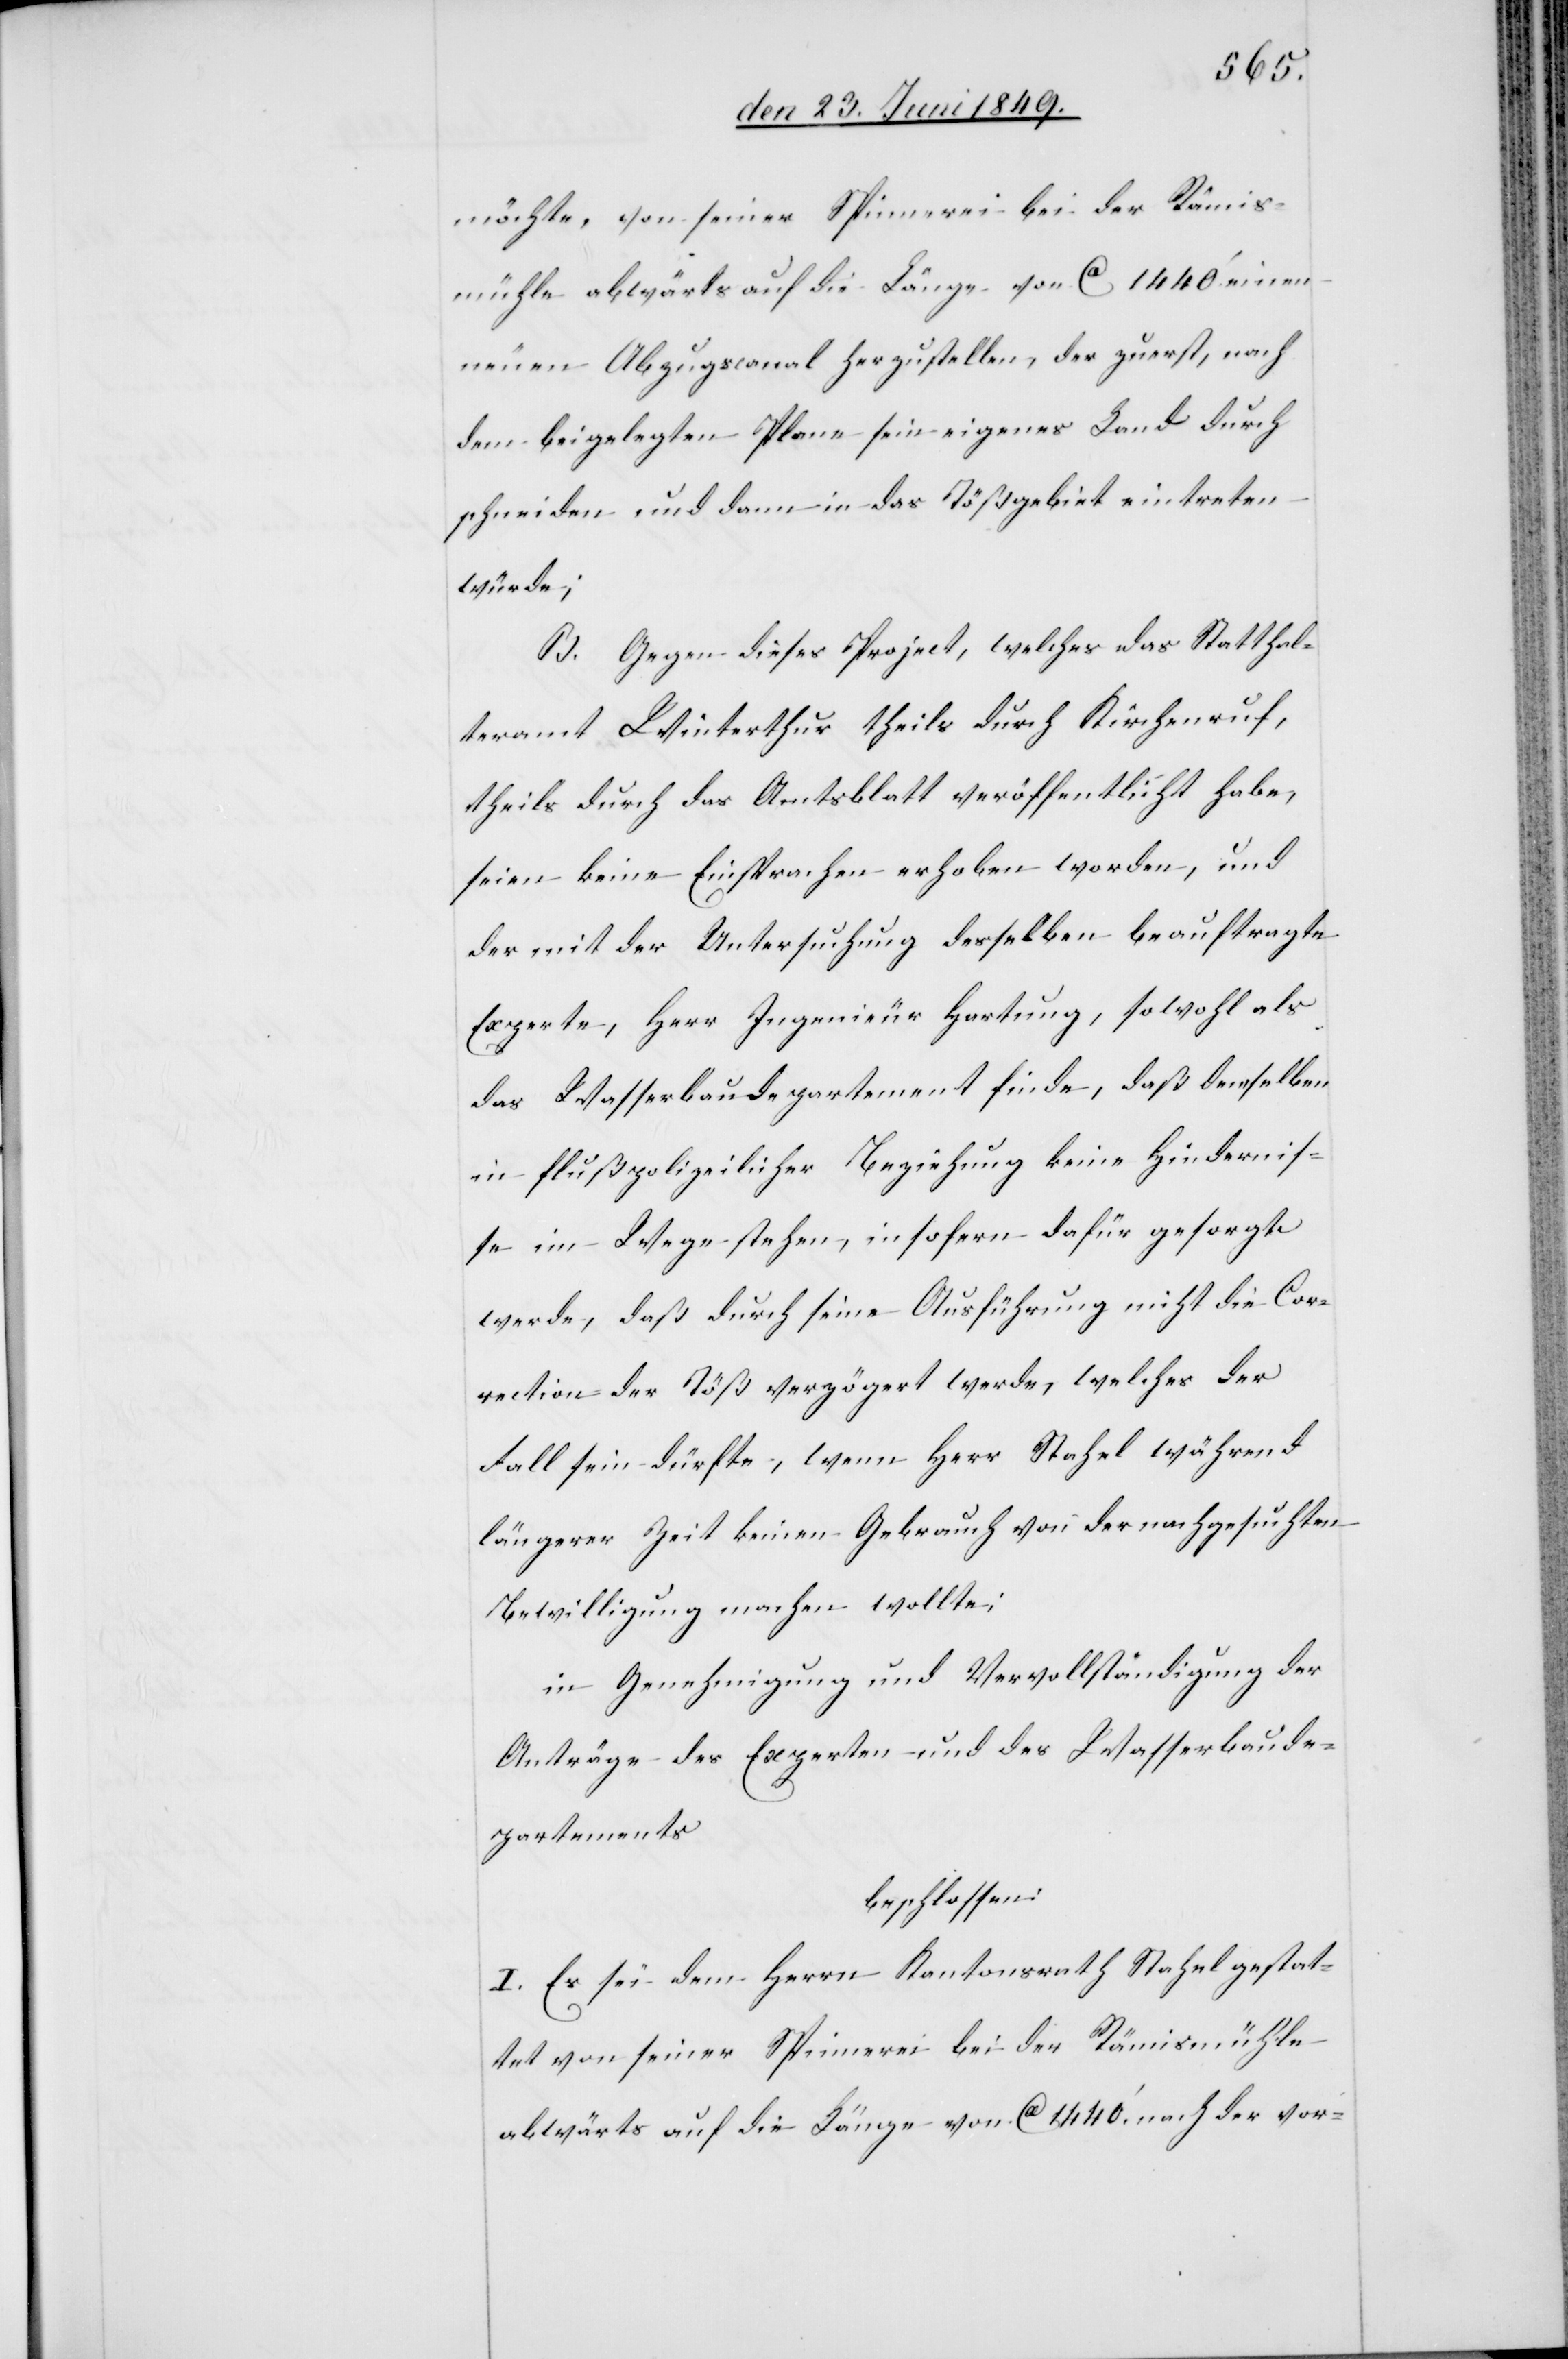
möchte, von seiner Spinnerei bei der Rämis¬
mühle abwärts auf die Länge von ca 1440‘ einen
neuen Abzugscanal herzustellen, der zuerst, nach
dem beigelegten Plane sein eigenes Land durch
schneiden und dann in das Tößgebiet eintreten
würde;
B. Gegen dieses Project, welches das Statthal¬
teramt Winterthur theils durch Kirchenruf,
theils durch das Amtsblatt veröffentlicht habe,
seien keine Einsprachen erhoben worden, und
der mit der Untersuchung desselben beauftragte
Experte, Herr Ingenieur Hartung, sowohl als
das Wasserbaudepartement finde, daß demselben
in flußpolizeilicher Beziehung keine Hindernis¬
se im Wege stehen, insofern dafür gesorgt
werde, daß durch seine Ausführung nicht die Cor¬
rection der Töß verzögert werde, welches der
Fall sein dürfte, wenn Herr Stahel während
längerer Zeit keinen Gebrauch von der nachgesuchten
Bewilligung machen wollte;
in Genehmigung und Vervollständigung der
Anträge des Experten und des Wasserbaude¬
partements
beschlossen:
I. Es sei dem Herrn Kantonsrath Stahel gestat¬
tet von seiner Spinnerei bei der Rämismühle
abwärts auf die Länge von ca 1440‘ nach der vor-